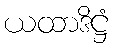
ယထာဒိဋ္ဌံ